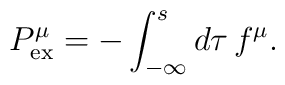
{P}_{{\rm ex}}^{\mu }=-\int_{-\infty }^{s}d\tau \,f^{\mu }.